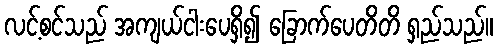
လင့်စင်သည် အကျယ်ငါးပေရှိ၍ ခြောက်ပေတိတိ ရှည်သည်။